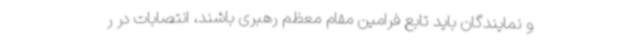
و نمایندگان باید تابع فرامین مقام معظم رهبری باشند، انتصابات در ر